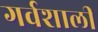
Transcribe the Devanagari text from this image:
गर्वशाली